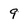
Character: 9